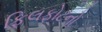
ફિલફોટનો